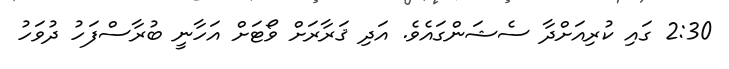
2:30 ގައި ކުރިއަށްދާ ސެޝަންގައެވެ. އަދި ޤަރާރަށް ވޯޓަށް އަހާނީ ބުރާސްފަހު ދުވަހު